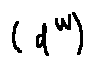
( d ^ { w } )